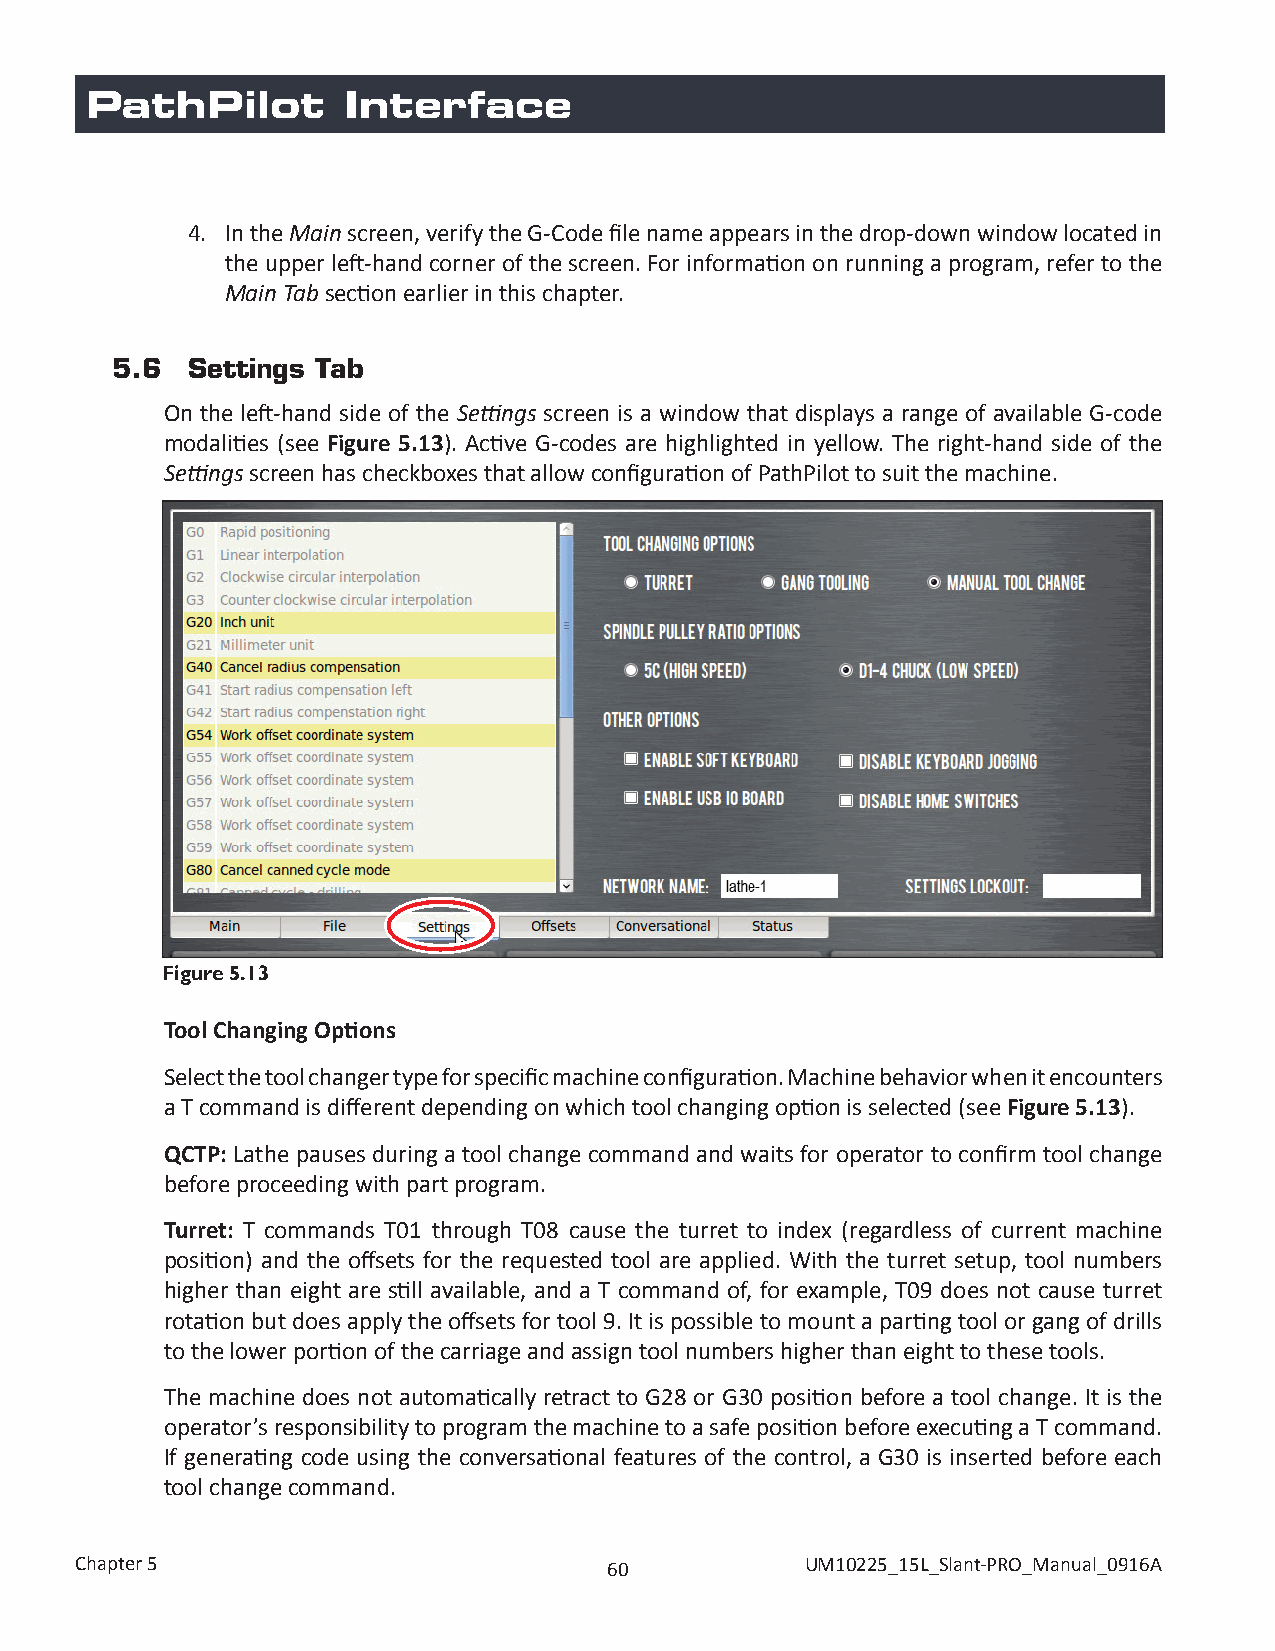
PathPilot        Interface
 4. In the Main screen, verify the G-Code file name appears in the drop-down window located in
 the upper left-hand corner of the screen. For information on running a program, refer to the
 Main Tab section earlier in this chapter.
 5.6  Settings Tab
 On the left-hand side of the Settings screen is a window that displays a range of available G-code
 modalities (see Figure 5.13). Active G-codes are highlighted in yellow. The right-hand side of the
 Settings screen has checkboxes that allow configuration of PathPilot to suit the machine.
 Figure 5.13
 Tool Changing Options
 Select the tool changer type for specific machine configuration. Machine behavior when it encounters
 a T command is different depending on which tool changing option is selected (see Figure 5.13).
 QCTP: Lathe pauses during a tool change command and waits for operator to confirm tool change
 before proceeding with part program.
 Turret: T commands T01 through T08 cause the turret to index (regardless of current machine
 position) and the offsets for the requested tool are applied. With the turret setup, tool numbers
 higher than eight are still available, and a T command of, for example, T09 does not cause turret
 rotation but does apply the offsets for tool 9. It is possible to mount a parting tool or gang of drills
 to the lower portion of the carriage and assign tool numbers higher than eight to these tools.
 The machine does not automatically retract to G28 or G30 position before a tool change. It is the
 operator’s responsibility to program the machine to a safe position before executing a T command.
 If generating code using the conversational features of the control, a G30 is inserted before each
 tool change command.
 Chapter 5                          60           UM10225_15L_Slant-PRO_Manual_0916A